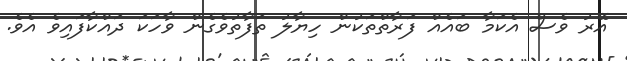
އޭރު ވެސް އެކަމާ ބައެއް ފަރާތްތަކުން ހިޔާލު ތަފާތުވެގެން ވާހަކަ ދައްކާފައިވެ އެވެ.